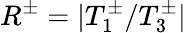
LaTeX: R^{\pm}=|T_{1}^{\pm}/T_{3}^{\pm}|